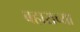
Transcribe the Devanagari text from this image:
बहाराच्या